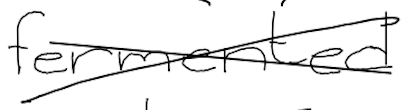
Text: fermented
Cross-out: cross
Writing tool: digital_black